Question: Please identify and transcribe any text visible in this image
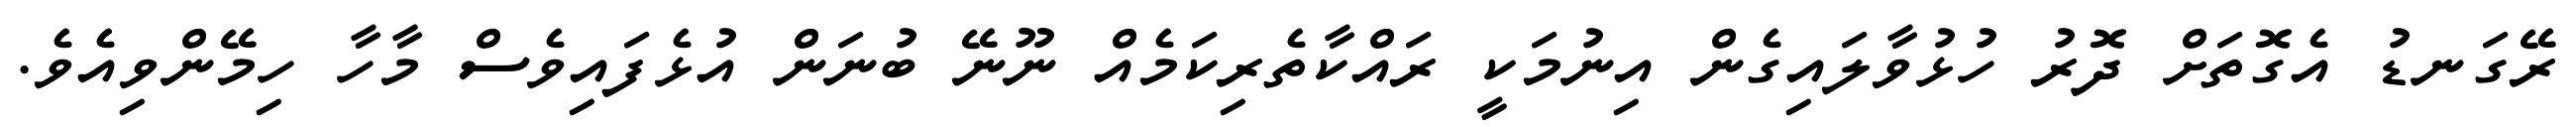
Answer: ރޭގަނޑު އެގޮތަށް ދޮރު ހުޅުވާލައިގެން އިނުމަކީ ރައްކާތެރިކަމެއް ނޫނޭ ބުނަން އުޅެފައިވެސް މާހާ ހިމޭންވިއެވެ.